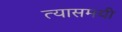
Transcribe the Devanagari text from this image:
त्यासमयी